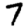
Digit: 7